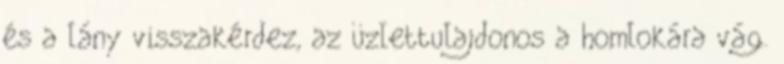
és a lány visszakérdez, az üzlettulajdonos a homlokára vág.